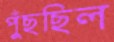
পুঁছছিল